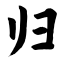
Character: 归